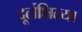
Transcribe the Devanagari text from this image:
दूर्लक्षिल्या